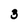
Character: 3